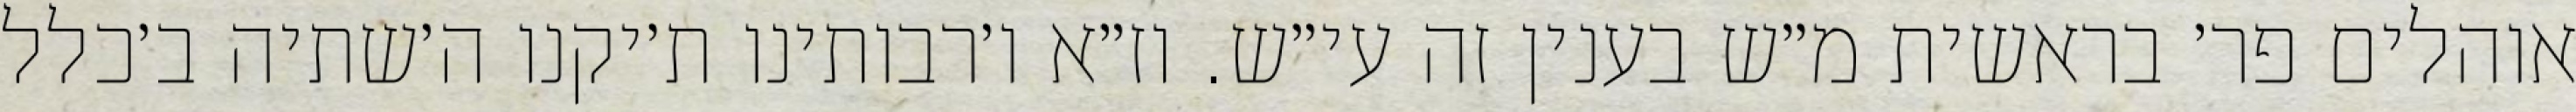
אוהלים פר׳ בראשית מ״ש בענין זה עי״ש. וז״א ו׳רבותינו ת׳יקנו ה׳שתיה ב׳כלל